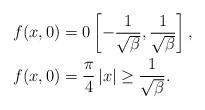
LaTeX: \begin{align*}f(x,0) & =0\left[ -\frac{1}{\sqrt{\beta}},\frac{1}{\sqrt{\beta}}\right] , \\f(x,0) & =\frac{\pi}{4}\left\vert x\right\vert \geq\frac{1}{\sqrt{\beta}}.\end{align*}